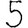
Digit: 5